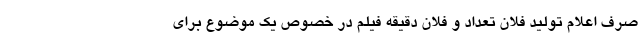
صرف اعلام تولید فلان تعداد و فلان دقیقه فیلم در خصوص یک موضوع برای